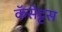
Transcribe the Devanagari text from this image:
कॅसेट्टस